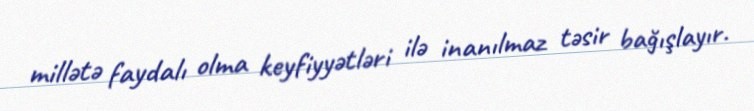
millətə faydalı olma keyfiyyətləri ilə inanılmaz təsir bağışlayır.